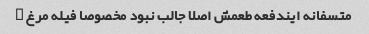
متسفانه ایندفعه طعمش اصلا جالب نبود مخصوصا فیله مرغ …